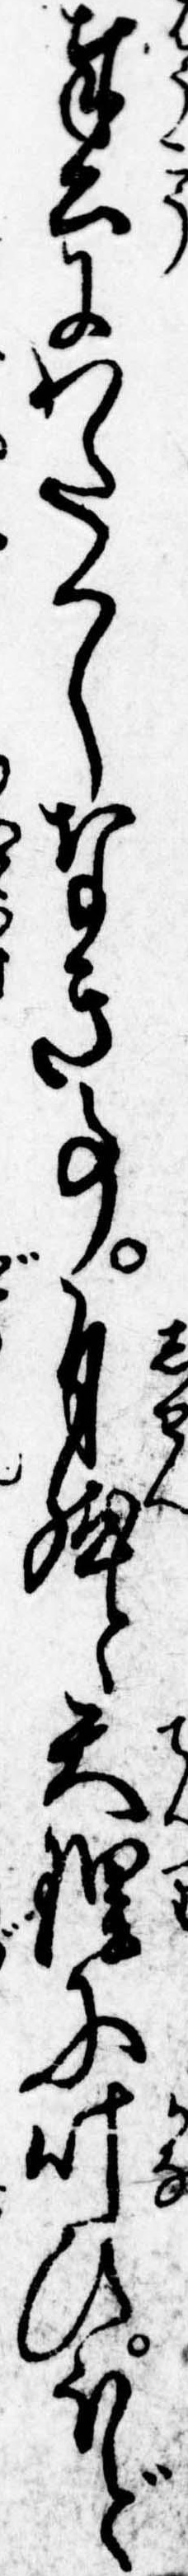
奉公にわたくしなき事自然と天理に叶ひほど